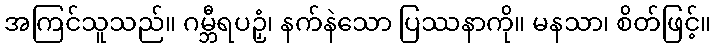
အကြင်သူသည်။ ဂမ္ဘီရပဉှံ၊ နက်နဲသော ပြဿနာကို။ မနသာ၊ စိတ်ဖြင့်။